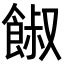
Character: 𩜂